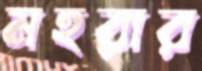
মহরার